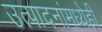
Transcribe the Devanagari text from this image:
उत्पादनांमध्येही